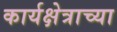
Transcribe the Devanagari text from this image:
कार्यक्षेत्राच्या